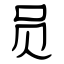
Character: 员